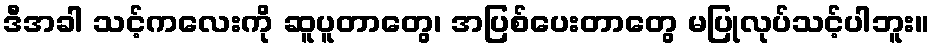
ဒီအခါ သင့်ကလေးကို ဆူပူတာတွေ၊ အပြစ်ပေးတာတွေ မပြုလုပ်သင့်ပါဘူး။